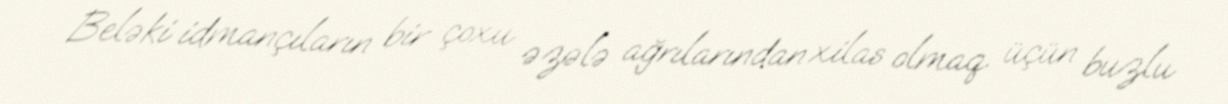
Beləki idmançıların bir çoxu əzələ ağrılarından xilas olmaq üçün buzlu